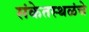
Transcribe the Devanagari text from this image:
संकेतस्थळंचे